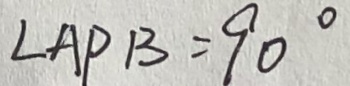
\angle A P B = 9 0 ^ { \circ }